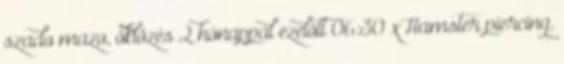
szado mazo, öklözés 2 hónappal ezelőtt 06:30 xHamster piercing,